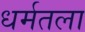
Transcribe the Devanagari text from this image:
धर्मतला